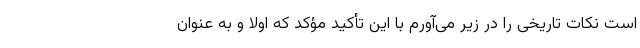
است نکات تاریخی را در زیر می‌آورم با این تأکید مؤکد که اولا و به عنوان